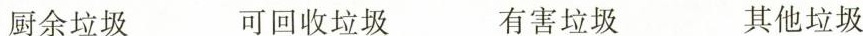
厨余垃圾可回收垃圾有害垃圾其他垃圾